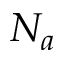
N _ { a }